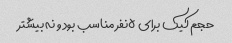
حجم کیک برای ۵نفر مناسب بود و نه بیشتر